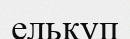
елькуп